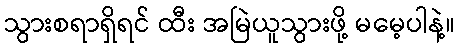
သွားစရာရှိရင် ထီး အမြဲယူသွားဖို့ မမေ့ပါနဲ့။